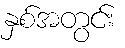
နှစ်အတွင်း